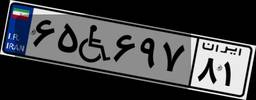
۶۵W۶۹۷۸۱